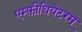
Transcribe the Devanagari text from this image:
एम्फ़ीथियेटरम्